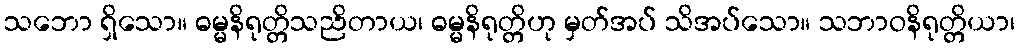
သဘော ရှိသော။ ဓမ္မနိရုတ္တိသညိတာယ၊ ဓမ္မနိရုတ္တိဟု မှတ်အပ် သိအပ်သော။ သဘာဝနိရုတ္တိယာ၊